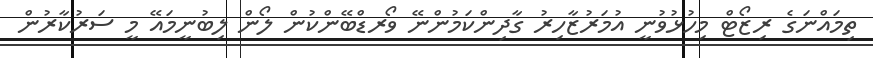
ތިމައްނަގެ ރިޒޯޓް މިހުޅުވުނީ އުމަރުޒާހިރު ގާދިންކަމުންނޭ ވޯރޑްބޭންކުން ލޯން ލިބުނީމައޭ މީ ސަރުކާރުން